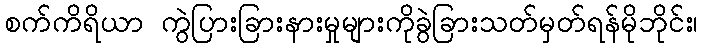
စက်ကိရိယာ ကွဲပြားခြားနားမှုများကိုခွဲခြားသတ်မှတ်ရန်မိုဘိုင်း၊